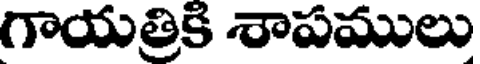
గాయత్రికి శాపములు